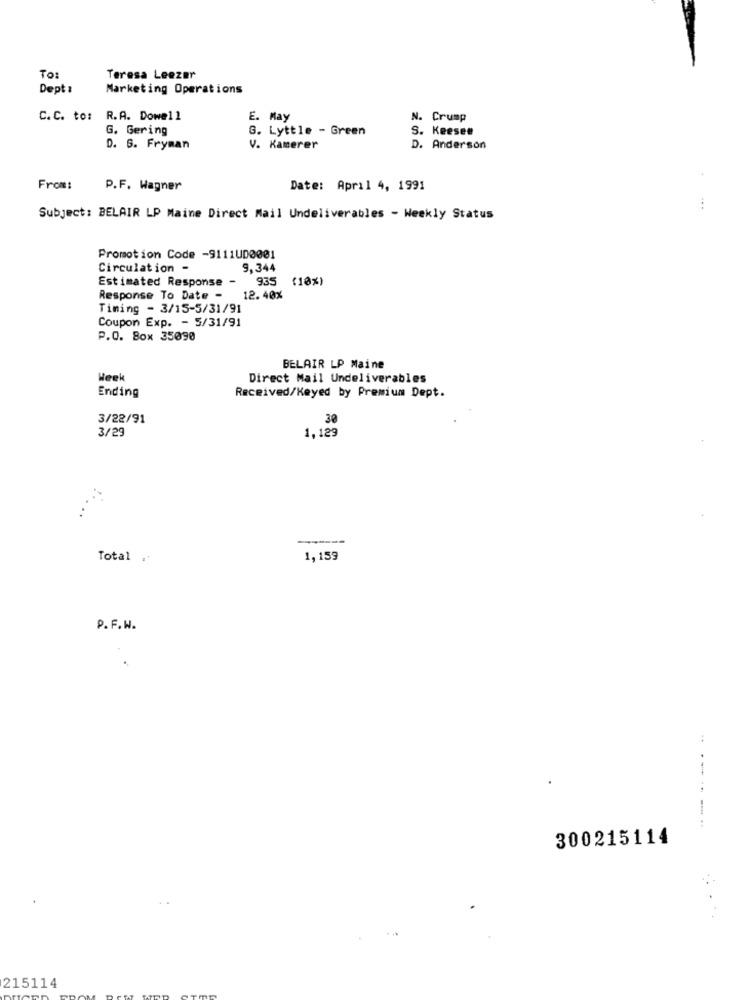
To:
Teresa Leezer
Dept :
Marketing Operations
C.C. to: R.A. Dowell
E. May
N. Crump
G. Gering
G. Lyttle - Green
S. Keesee
D. S. Fryman
V. Kamerer
D. Anderson
From:
P.F. Wagner
Date: April 4, 1991
Subject: BELAIR LP Maine Direct Mail Undeliverables - Weekly Status
Promotion Code -9111UD0001
Circulation -
9,344
Estimated Response -
935
(10%)
Response To Date - 12. 40%
Timing - 3/15-5/31/91
Coupon Exp. - 5/31/91
P.O. Box 35090
BELAIR LP Maine
Heek
Direct Mail Undeliverables
Ending
Received/Keyed by Premium Dept.
3/22/91
30
3/29
1,129
...
Total .
1,159
P.F. W.
--
.. - ..
300215114
215114